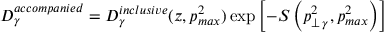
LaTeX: D _ { \gamma } ^ { a c c o m p a n i e d } = D _ { \gamma } ^ { i n c l u s i v e } ( z , p _ { m a x } ^ { 2 } ) \exp { \left[ - S \left( p _ { \perp \, \gamma } ^ { 2 } , p _ { m a x } ^ { 2 } \right) \right] }